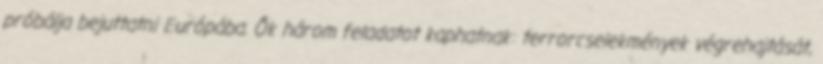
próbálja bejuttatni Európába. Ők három feladatot kaphatnak: terrorcselekmények végrehajtását,